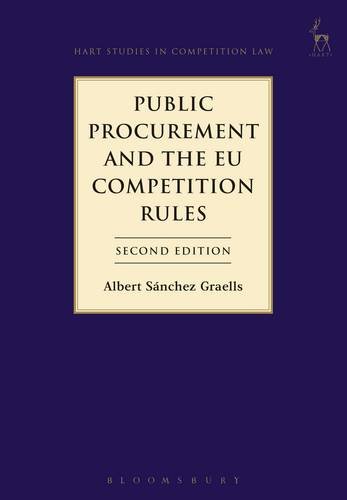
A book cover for Public Procurement and the EU Competition Rules: Second Edition (Hart Studies in Competition Law); Albert Sanchez Graells; Law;